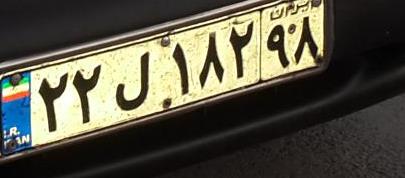
۲۲ل۱۸۲۹۸